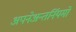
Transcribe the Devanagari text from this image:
अपनेअन्तर्नियमों